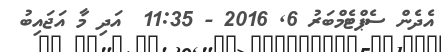
އެދެން ސެޕްޓެމްބަރު 6